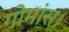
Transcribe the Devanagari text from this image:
गोमांस।